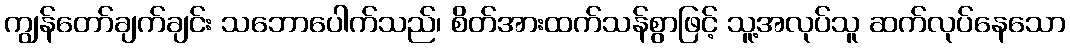
ကျွန်တော်ချက်ချင်း သဘောပေါက်သည်၊ စိတ်အားထက်သန်စွာဖြင့် သူ့အလုပ်သူ ဆက်လုပ်နေသော